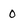
Character: 0